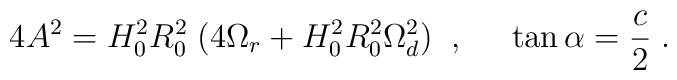
4 A^2 = H_0^2 R_0^2 \; (4 \Omega_r + H_0^2 R_0^2 \Omega_d^2) \; \; , \; \; \; \; \; \tan \alpha = \frac{c}{2} \; .